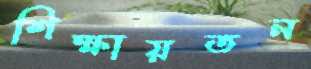
শিক্ষায়তন